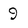
Character: 9